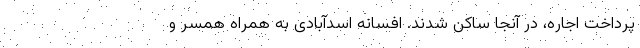
پرداخت اجاره، در آنجا ساکن شدند. افسانه اسدآبادی به همراه همسر و